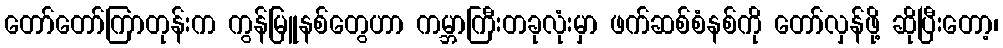
တော်တော်ကြာတုန်းက ကွန်မြူနစ်တွေဟာ ကမ္ဘာကြီးတခုလုံးမှာ ဖက်ဆစ်စံနစ်ကို တော်လှန်ဖို့ ဆိုပြီးတော့၊